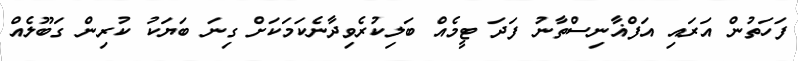
ފަހަތުން އަރައި އަފްޣާނިސްތާނު ފަދަ ޓީމެއް ބަލިކުރެވިދާނެކަމަކަށް ގިނަ ބަޔަކު ކުރިން ގަބޫލެއް